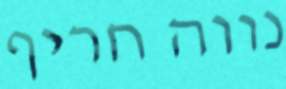
נווה חריף